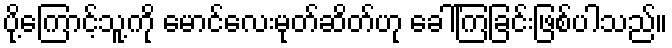
ပို့ကြောင့်သူ့ကို မောင်လေးမုတ်ဆိတ်ဟု ခေါ်ကြခြင်းဖြစ်ပါသည်။